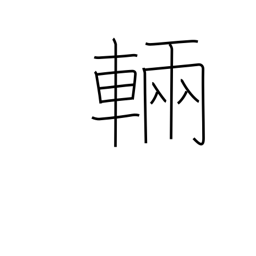
Meaning: counter for large vehicles